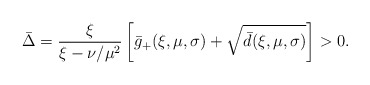
\begin{align*}\bar{\Delta} = \frac{\xi}{\xi-\nu/\mu^2}\left[\bar g_+(\xi,\mu,\sigma)+\sqrt{\bar d(\xi,\mu,\sigma)}\right] > 0.\end{align*}